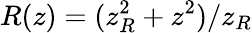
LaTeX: R(z)=(z_{R}^{2}+z^{2})/z_{R}